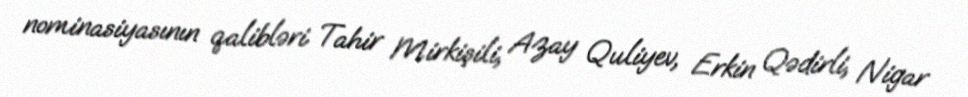
nominasiyasının qalibləri Tahir Mirkişili, Azay Quliyev, Erkin Qədirli, Nigar